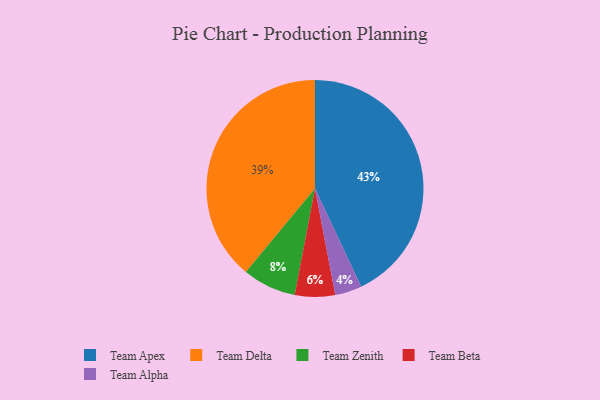
{"axis": {"x": "Category", "y": "Percentage"}, "legend": ["Team Alpha", "Team Apex", "Team Beta", "Team Delta", "Team Zenith"], "data": [{"x": "Team Apex", "y": 43, "type": "Team Apex"}, {"x": "Team Alpha", "y": 4, "type": "Team Alpha"}, {"x": "Team Beta", "y": 6, "type": "Team Beta"}, {"x": "Team Zenith", "y": 8, "type": "Team Zenith"}, {"x": "Team Delta", "y": 39, "type": "Team Delta"}]}